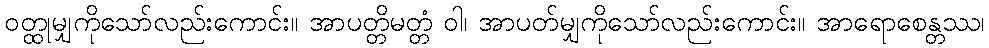
ဝတ္ထုမျှကိုသော်လည်းကောင်း။ အာပတ္တိမတ္တံ ဝါ၊ အာပတ်မျှကိုသော်လည်းကောင်း။ အာရောစေန္တဿ၊